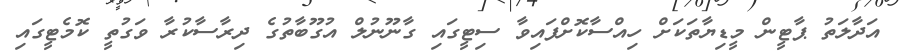
އަދާލަތު ޕާޓީން މީޑިޔާތަކަށް ހިއްސާކޮށްފައިވާ ސިޓީގައި ގާނޫނުލް އުގޫބާތުގެ ދިރާސާކުރާ ވަގުތީ ކޮމެޓީގައި